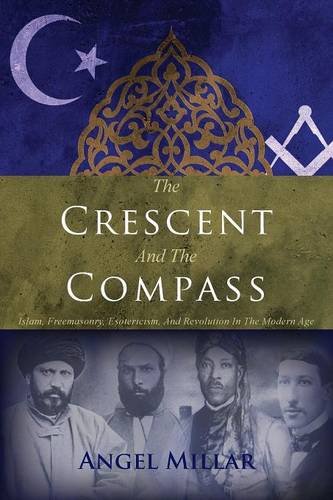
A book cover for The Crescent and the Compass: Islam, Freemasonry, Esotericism and Revolution in the Modern Age; Angel Millar; Religion & Spirituality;